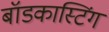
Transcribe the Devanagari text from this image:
बॉडकास्टिंग